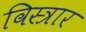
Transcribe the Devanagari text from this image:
विस्त्रार